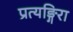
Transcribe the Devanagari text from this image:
प्रत्यङ्गिरा